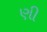
ણી